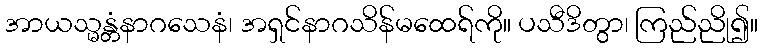
အာယသ္မန္တံနာဂသေနံ၊ အရှင်နာဂသိန်မထေရ်ကို။ ပသီဒိတွာ၊ ကြည်ညို၍။